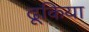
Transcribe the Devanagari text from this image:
ढूकिया